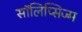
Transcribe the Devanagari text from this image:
सॉलिप्सिज्म